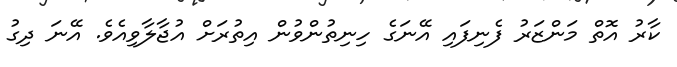
ކާރު އޮތް މަންޒަރު ފެނިފައި އޭނަގެ ހިނިތުންވުން އިތުރަށް އުޖާލާވިއެވެ. އޭނަ ދިގު